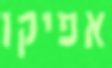
אפיקו